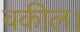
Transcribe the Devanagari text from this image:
वकील।